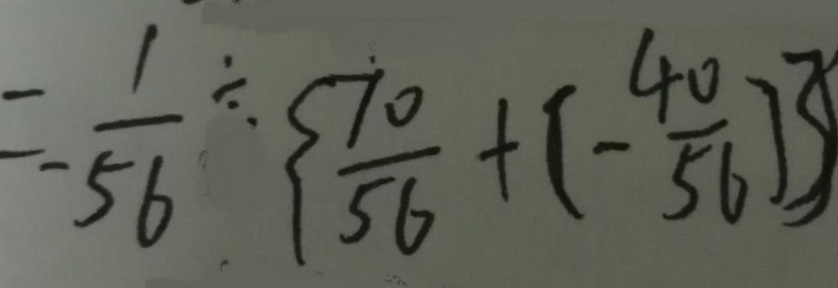
= - \frac { 1 } { 5 6 } \div \{ \frac { 7 0 } { 5 6 } + ( - \frac { 4 0 } { 5 6 } ) \}